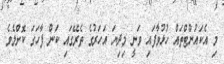
މި އެކައުންޓްތައް ހުޅުވާފައި ވަނީ މިދިޔަ އަހަރުގެ ތެރޭގައި ކަން ފާހަގަ ކޮށްލެވެ